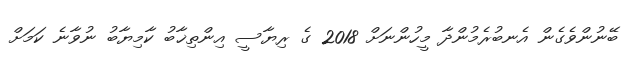
ބޭނުންވެގެން އެނބުރެމުންދާ މީހުންނަށް 2018 ގެ ރިޔާސީ އިންތިޚާބު ކާމިޔާބު ނުވާނެ ކަމަށް